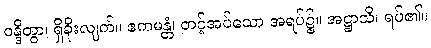
ဝန္ဒိတွာ၊ ရှိခိုးလျက်။ ဧကမန္တံ၊ တင့်အပ်သော အရပ်၌။ အဋ္ဌာသိ၊ ရပ်၏။